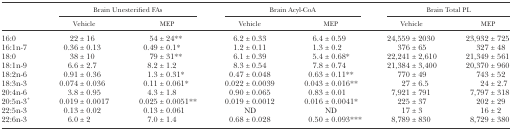
<table><thead><tr><td></td><td colspan="2"><b>Brain Unesterified FAs</b></td><td colspan="2"><b>Brain Acyl-CoA</b></td><td colspan="2"><b>Brain Total PL</b></td></tr><tr><td></td><td><b>Vehicle</b></td><td><b>MEP</b></td><td><b>Vehicle</b></td><td><b>MEP</b></td><td><b>Vehicle</b></td><td><b>MEP</b></td></tr></thead><tbody><tr><td>16:0</td><td>22 ± 16</td><td>54 ± 24**</td><td>6.2 ± 0.33</td><td>6.4 ± 0.59</td><td>24,559 ± 2030</td><td>23,932 ± 725</td></tr><tr><td>16:1n-7</td><td>0.36 ± 0.13</td><td>0.49 ± 0.1*</td><td>1.2 ± 0.11</td><td>1.3 ± 0.2</td><td>376 ± 65</td><td>327 ± 48</td></tr><tr><td>18:0</td><td>38 ± 10</td><td>79 ± 31**</td><td>6.1 ± 0.39</td><td>5.4 ± 0.68*</td><td>22,241 ± 2,610</td><td>21,349 ± 561</td></tr><tr><td>18:1n-9</td><td>6.6 ± 2.7</td><td>8.2 ± 1.2</td><td>8.3 ± 0.54</td><td>7.8 ± 0.74</td><td>21,384 ± 3,400</td><td>20,370 ± 960</td></tr><tr><td>18:2n-6</td><td>0.91 ± 0.36</td><td>1.3 ± 0.31*</td><td>0.47 ± 0.048</td><td>0.63 ± 0.11**</td><td>770 ± 49</td><td>743 ± 52</td></tr><tr><td>18:3n-3</td><td>0.074 ± 0.036</td><td>0.11 ± 0.061*</td><td>0.022 ± 0.0039</td><td>0.043 ± 0.016**</td><td>27 ± 6.5</td><td>24 ± 2.7</td></tr><tr><td>20:4n-6</td><td>3.8 ± 0.95</td><td>4.3 ± 1.8</td><td>0.90 ± 0.065</td><td>0.83 ± 0.01</td><td>7,921 ± 791</td><td>7,797 ± 318</td></tr><tr><td>20:5n-3<sup>+</sup></td><td>0.019 ± 0.0017</td><td>0.025 ± 0.0051**</td><td>0.019 ± 0.0012</td><td>0.016 ± 0.0041*</td><td>225 ± 37</td><td>202 ± 29</td></tr><tr><td>22:5n-3</td><td>0.13 ± 0.02</td><td>0.13 ± 0.061</td><td>ND</td><td>ND</td><td>17 ± 3</td><td>16 ± 2</td></tr><tr><td>22:6n-3</td><td>6.0 ± 2</td><td>7.0 ± 1.4</td><td>0.68 ± 0.028</td><td>0.50 ± 0.093***</td><td>8,789 ± 830</td><td>8,729 ± 380</td></tr></tbody></table>